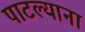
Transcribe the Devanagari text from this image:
पाटल्याना